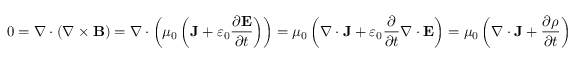
0 = \nabla \cdot ( \nabla \times \mathbf { B } ) = \nabla \cdot \left( \mu _ { 0 } \left( \mathbf { J } + \varepsilon _ { 0 } { \frac { \partial \mathbf { E } } { \partial t } } \right) \right) = \mu _ { 0 } \left( \nabla \cdot \mathbf { J } + \varepsilon _ { 0 } { \frac { \partial } { \partial t } } \nabla \cdot \mathbf { E } \right) = \mu _ { 0 } \left( \nabla \cdot \mathbf { J } + { \frac { \partial \rho } { \partial t } } \right)